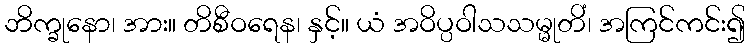
ဘိက္ခုနော၊ အား။ တိစီဝရေန၊ နှင့်။ ယံ အဝိပ္ပဝါသသမ္မုတိံ၊ အကြင်ကင်း၍